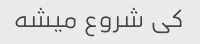
کی شروع میشه